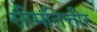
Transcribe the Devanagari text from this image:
सीमतित्तीर